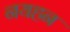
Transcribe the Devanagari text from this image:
नयहन